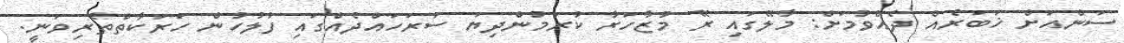
ސަންއަށް ޚަބަރެއް ދެއްވުމަށް: މާލޭގައި ރޭ މުޒާހަރާ ކުރަމުންދިޔަ ސަރަހައްދެއްގައި ފުލުހުން ހަރަކާތްތެރިވަނީ.